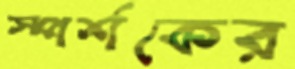
স্পর্শকের